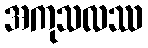
အကုသလဿ